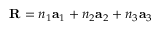
\mathbf { R } = n _ { 1 } \mathbf { a } _ { 1 } + n _ { 2 } \mathbf { a } _ { 2 } + n _ { 3 } \mathbf { a } _ { 3 }